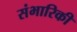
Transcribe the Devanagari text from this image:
संभारिकी